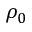
\rho _ { 0 }